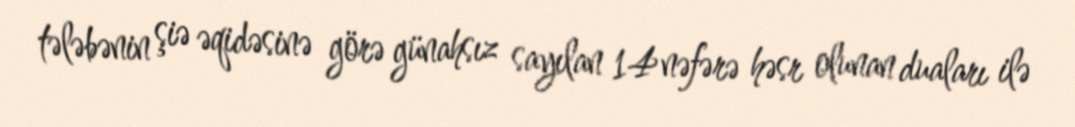
tələbənin şiə əqidəsinə görə günahsız sayılan 14 nəfərə həsr olunan duaları ilə